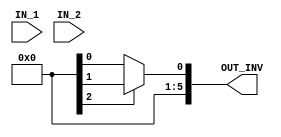
//############################################################################
//++++++++++++++++++++++++++++++++++++++++++++++++++++++++++++++++++++++++++++
//    (C) Copyright Optimum Application-Specific Integrated System Laboratory
//    All Right Reserved
//		Version		: v1.0
//   	Module Name : INV_IP
//++++++++++++++++++++++++++++++++++++++++++++++++++++++++++++++++++++++++++++
//############################################################################

module INV_IP #(parameter IP_WIDTH = 6) (
    // Input signals
    IN_1, IN_2,
    // Output signals
    OUT_INV
);

// ===============================================================
// Declaration
// ===============================================================
input  [IP_WIDTH-1:0] IN_1, IN_2;
output [IP_WIDTH-1:0] OUT_INV;
genvar idx;
wire signed [IP_WIDTH:0] lv_out,w7_lv_out;
wire [IP_WIDTH-1:0] big_in,small_in;
assign big_in=(IN_1>IN_2)? IN_1 : IN_2;
assign small_in=(IN_1>IN_2)? IN_2 : IN_1;
generate

	if(IP_WIDTH==6)begin :w6
		for(idx=1;idx<=IP_WIDTH+1;idx=idx+1)begin:level

				if(idx==1)begin:lv_1
					wire [5:0] a;
					wire [5:0] b;
					wire [4:0] q;
					wire [4:0] r;
					wire signed [5:0]t1;
					wire signed [5:0]t2;
					wire signed [5:0] t3;
					assign a=big_in;
					assign b=small_in;
					assign q=a/b;
					assign r=a%b;
					assign t1=0;
					assign t2=1;
					assign t3=t1-t2*q;
				end
				else if(idx==2)begin:lv_2
					wire [5:0] a;
					wire [4:0] b;
					wire [4:0] q;
					wire [4:0] r;
					wire signed [5:0]t1;
					wire signed [5:0]t2;
					wire signed [5:0] t3;
					assign a=w6.level[idx-1].lv_1.b;
					assign b=(w6.level[idx-1].lv_1.r==0) ? 1 : w6.level[idx-1].lv_1.r;
					assign q=a/b;
					assign r=a%b;
					assign t1=w6.level[idx-1].lv_1.t2;
					assign t2=(w6.level[idx-1].lv_1.r==0) ? w6.level[idx-1].lv_1.t2 : w6.level[idx-1].lv_1.t3;
					assign t3=t1-t2*q;
					
				end
				else if(idx==3)begin:lv_3
					wire [4:0] a;
					wire [4:0] b;
					wire [3:0] q;
					wire [3:0] r;
					wire signed [5:0]t1;
					wire signed [5:0]t2;
					wire signed [5:0] t3;
					assign a=w6.level[idx-1].lv_2.b;
					assign b=(w6.level[idx-1].lv_2.r==0) ? 1 : w6.level[idx-1].lv_2.r;
					assign q=a/b;
					assign r=a%b;
					assign t1=w6.level[idx-1].lv_2.t2;
					assign t2=(w6.level[idx-1].lv_2.r==0) ? w6.level[idx-1].lv_2.t2 : w6.level[idx-1].lv_2.t3;
					assign t3=t1-t2*q;
				end
				else if(idx==4)begin:lv_4
					wire [4:0] a;
					wire [3:0] b;
					wire [3:0] q;
					wire [2:0] r;
					wire signed [5:0]t1;
					wire signed [5:0]t2;
					wire signed [5:0] t3;
					assign a=w6.level[idx-1].lv_3.b;
					assign b=(w6.level[idx-1].lv_3.r==0) ? 1 : w6.level[idx-1].lv_3.r;
					assign q=a/b;
					assign r=a%b;
					assign t1=w6.level[idx-1].lv_3.t2;
					assign t2=(w6.level[idx-1].lv_3.r==0) ? w6.level[idx-1].lv_3.t2 : w6.level[idx-1].lv_3.t3;
					assign t3=t1-t2*q;
				end
				else if(idx==5)begin:lv_5
					wire [3:0] a;
					wire [2:0] b;
					wire [2:0] q;
					wire [1:0] r;
					wire signed [5:0]t1;
					wire signed [5:0]t2;
					wire signed [5:0] t3;
					assign a=w6.level[idx-1].lv_4.b;
					assign b=(w6.level[idx-1].lv_4.r==0) ? 1 : w6.level[idx-1].lv_4.r;
					assign q=a/b;
					assign r=a%b;
					assign t1=w6.level[idx-1].lv_4.t2;
					assign t2=(w6.level[idx-1].lv_4.r==0) ? w6.level[idx-1].lv_4.t2 : w6.level[idx-1].lv_4.t3;
					assign t3=t1-t2*q;
				end
				else if(idx==6)begin:lv_6
					wire [2:0] a;
					wire [1:0] b;
					wire [1:0] q;
					wire  r;
					wire signed [5:0]t1;
					wire signed [5:0]t2;
					wire signed [5:0] t3;
					assign a=w6.level[idx-1].lv_5.b;
					assign b=(w6.level[idx-1].lv_5.r==0) ? 1 : w6.level[idx-1].lv_5.r;
					assign q=a/b;
					assign r=a%b;
					assign t1=w6.level[idx-1].lv_5.t2;
					assign t2=(w6.level[idx-1].lv_5.r==0) ? w6.level[idx-1].lv_5.t2 : w6.level[idx-1].lv_5.t3;
					assign t3=t1-t2*q;
				end
				else if(idx==7)begin:lv_7
					wire [1:0] a;
					wire  b;
					wire  q;
					wire r;
					wire signed [5:0]t1;
					wire signed [5:0]t2;
					wire signed [5:0] t3;
					assign a=w6.level[idx-1].lv_6.b;
					assign b=(w6.level[idx-1].lv_6.r==0) ? 1 : w6.level[idx-1].lv_6.r;
					assign q=a/b;
					assign r=a%b;
					assign t1=w6.level[idx-1].lv_6.t2;
					assign t2=(w6.level[idx-1].lv_6.r==0) ? w6.level[idx-1].lv_6.t2 : w6.level[idx-1].lv_6.t3;
					assign t3=t1-t2*q;
					assign lv_out=t2;
				end
		end
	end
	else  if(IP_WIDTH==5||IP_WIDTH==7)begin :w7
			for(idx=1;idx<=IP_WIDTH+2;idx=idx+1)begin:level
				wire [IP_WIDTH-1:0] a,b,r,q;
				wire signed [IP_WIDTH*IP_WIDTH-1:0] t1,t2,t3;
				if(idx==1)begin:lv_1
					assign w7.level[idx].a=big_in;
					assign w7.level[idx].b=small_in;
					assign w7.level[idx].q=w7.level[idx].a/w7.level[idx].b;
					assign w7.level[idx].r=w7.level[idx].a%w7.level[idx].b;
					assign w7.level[idx].t1=0;
					assign w7.level[idx].t2=1;
					assign w7.level[idx].t3=w7.level[idx].t1-w7.level[idx].t2*w7.level[idx].q;
				end
				else begin:lv
					assign w7.level[idx].a=w7.level[idx-1].b;
					assign w7.level[idx].b=(w7.level[idx-1].r==0) ? 1 : w7.level[idx-1].r;
					assign w7.level[idx].q=w7.level[idx].a/w7.level[idx].b;
					assign w7.level[idx].r=w7.level[idx].a%w7.level[idx].b;
					assign w7.level[idx].t1=w7.level[idx-1].t2;
					assign w7.level[idx].t2=(w7.level[idx-1].r==0) ? w7.level[idx-1].t2 : w7.level[idx-1].t3;
					assign w7.level[idx].t3=w7.level[idx].t1-w7.level[idx].t2*w7.level[idx].q;
				end
				if(idx==IP_WIDTH+2)
					assign w7_lv_out=w7.level[idx].t2;
			end
	end
endgenerate


assign OUT_INV =(IP_WIDTH==6) ?((lv_out[IP_WIDTH]) ? lv_out+big_in: lv_out)
			      :((w7_lv_out[IP_WIDTH]) ? w7_lv_out+big_in : w7_lv_out);
					
endmodule